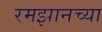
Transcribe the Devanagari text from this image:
रमझानच्या